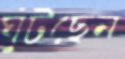
ঘুঁটছেন